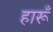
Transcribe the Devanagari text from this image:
हारूँ